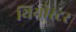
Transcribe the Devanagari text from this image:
थियोस्टर